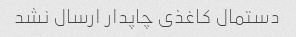
دستمال کاغذی چاپدار ارسال نشد